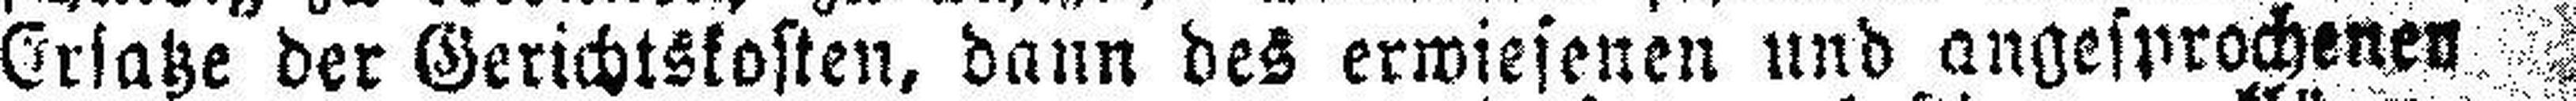
Ersatze der Gerichtskosten, dann des erwiesenen und angesprochenen